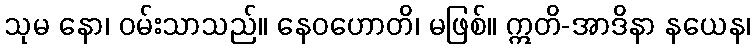
သုမ နော၊ ဝမ်းသာသည်။ နေဝဟောတိ၊ မဖြစ်။ ဣတိ-အာဒိနာ နယေန၊